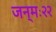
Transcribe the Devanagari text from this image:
जन्मः२२